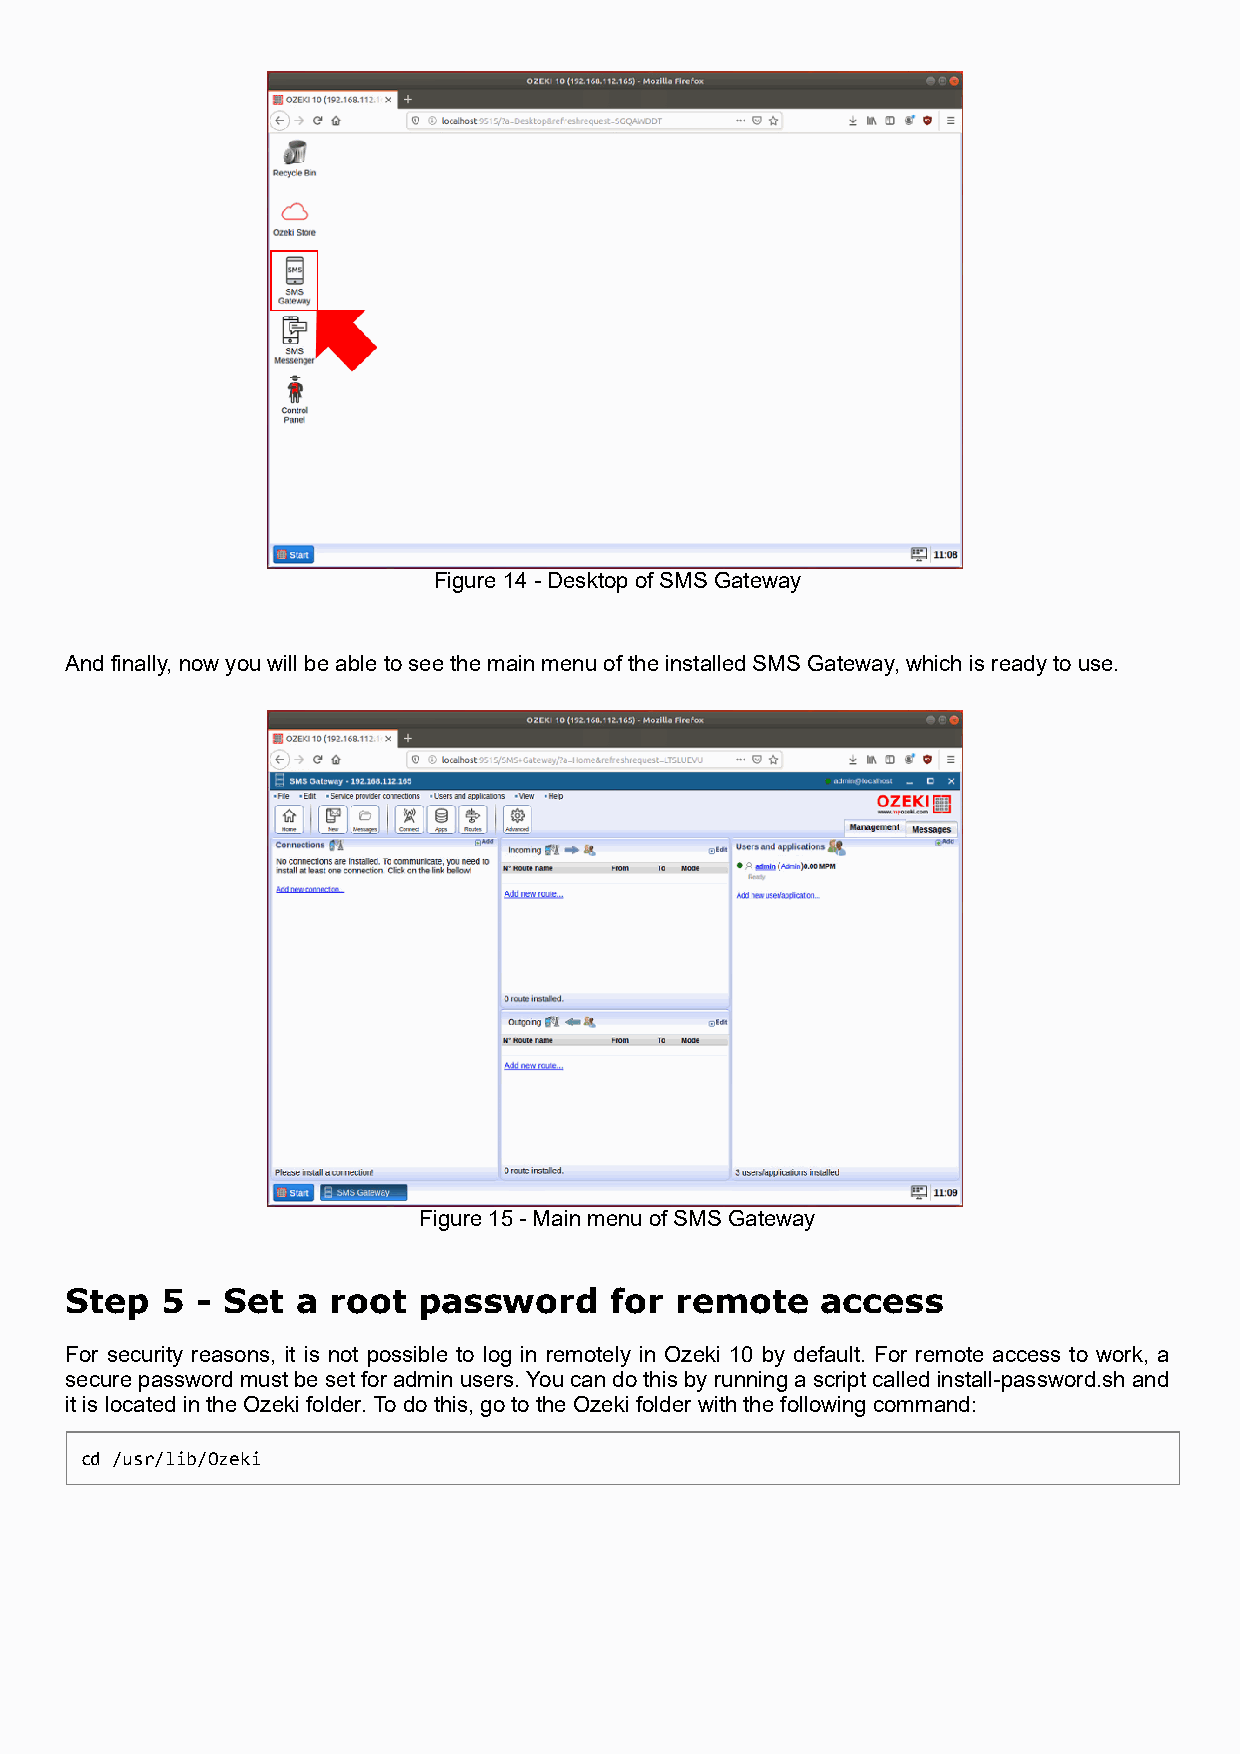
Figure 14 - Desktop of SMS Gateway
 And finally, now you will be able to see the main menu of the installed SMS Gateway, which is ready to use.
 Figure 15 - Main menu of SMS Gateway
 Step   5 - Set  a root  password    for  remote   access
 For security reasons, it is not possible to log in remotely in Ozeki 10 by default. For remote access to work, a
 secure password must be set for admin users. You can do this by running a script called install-password.sh and
 it is located in the Ozeki folder. To do this, go to the Ozeki folder with the following command:
 cd /usr/lib/Ozeki